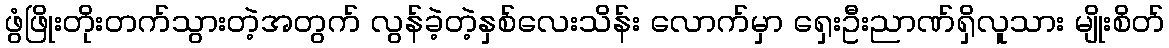
ဖွံဖြိုးတိုးတက်သွားတဲ့အတွက် လွန်ခဲ့တဲ့နှစ်လေးသိန်း လောက်မှာ ရှေးဦးညာဏ်ရှိလူသား မျိုးစိတ်